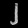
Digit: ၂